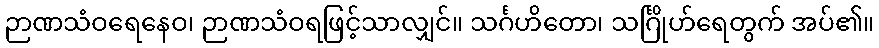
ဉာဏသံဝရေနေဝ၊ ဉာဏသံဝရဖြင့်သာလျှင်။ သင်္ဂဟိတော၊ သင်္ဂြိုဟ်ရေတွက် အပ်၏။